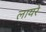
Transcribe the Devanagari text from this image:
लायरे